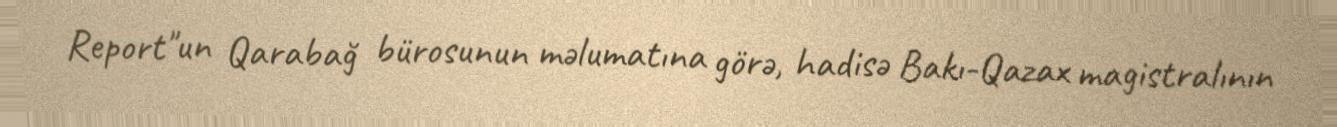
Report"un Qarabağ bürosunun məlumatına görə, hadisə Bakı-Qazax magistralının